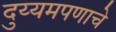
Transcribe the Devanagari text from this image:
दुय्यमपणाचे